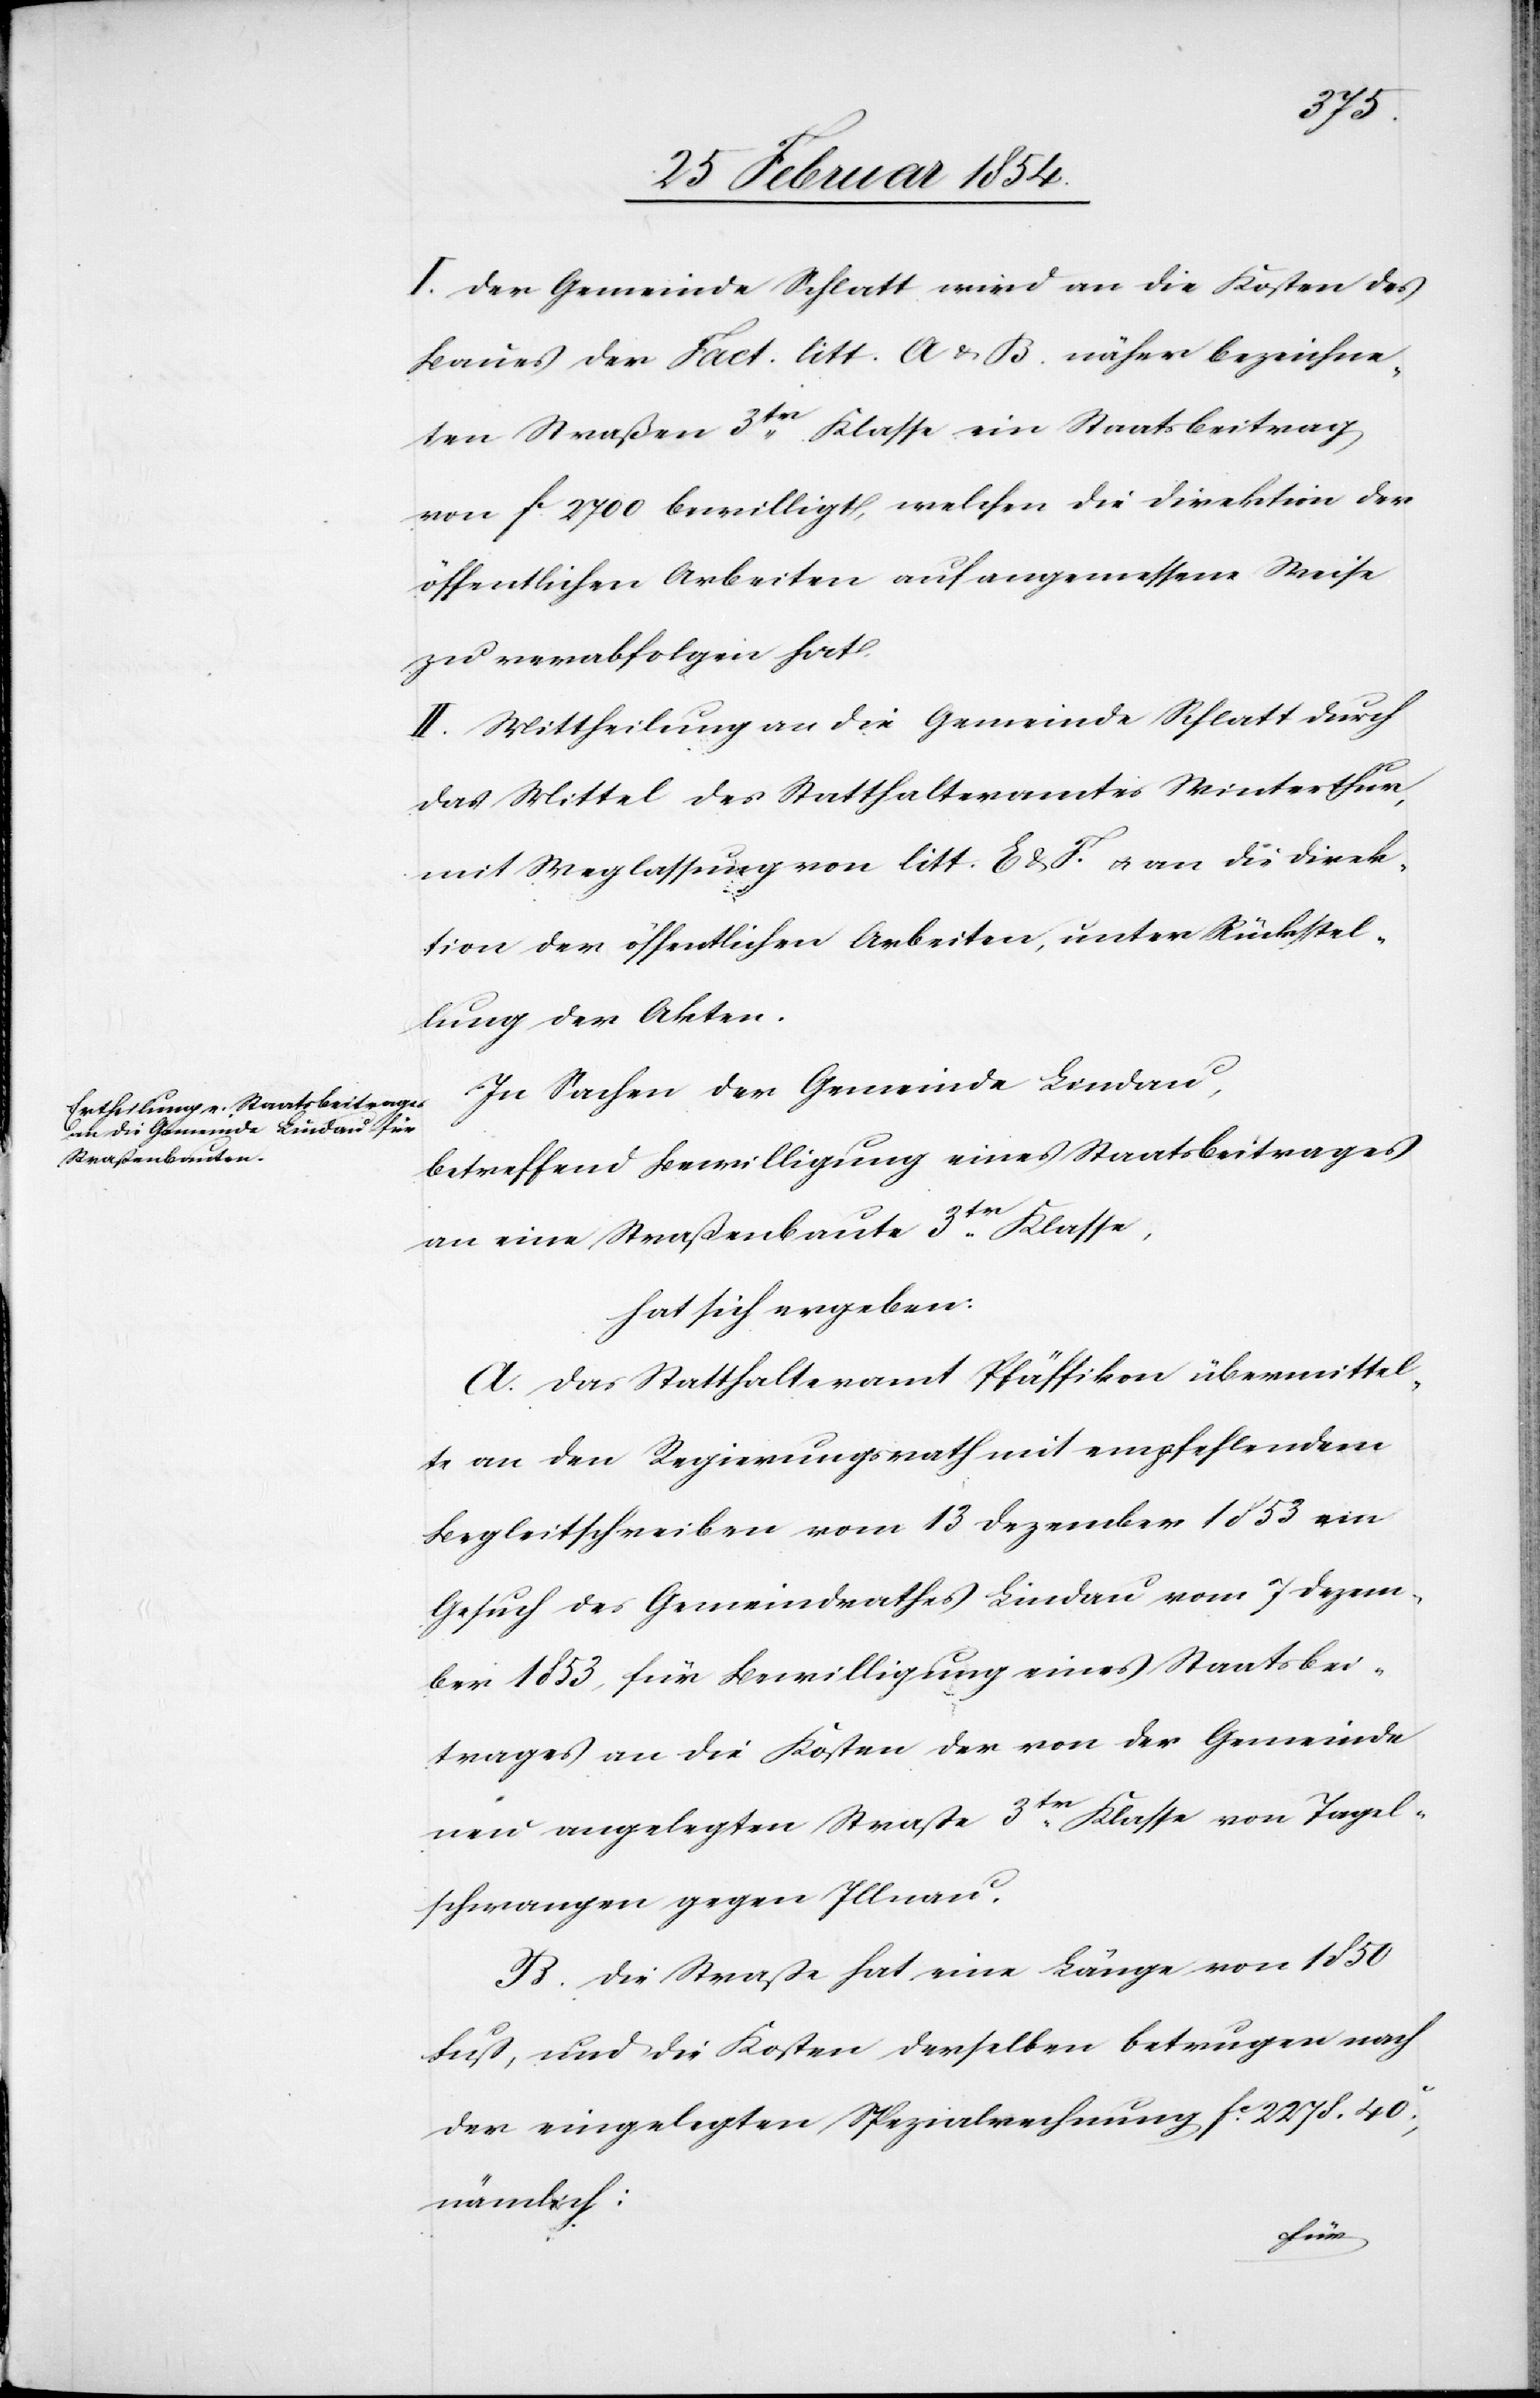
I. Der Gemeinde Schlatt wird an die Kosten des
Baues der Fact. litt. A & B. näher bezeichne¬
ten Straßen 3tr Klasse ein Staatsbeitrag
von Fc 2700 bewilligt, welchen die Direktion der
öffentlichen Arbeiten auf angemessene Weise
zu verabfolgen hat.
II. Mittheilung an die Gemeinde Schlatt durch
das Mittel des Statthalteramtes Winterthur,
mit Weglassung von lit. E & F. u. an die Direk¬
tion der öffentlichen Arbeiten, unter Rückstel¬
lung der Akten.
In Sachen der Gemeinde Lindau,
betreffend Bewilligung eines Staatsbeitrages
an eine Straßenbaute 3tr Klasse,
hat sich ergeben:
A. Das Statthalteramt Pfäffikon übermittel¬
te an den Regierungsrath mit empfehlendem
Begleitschreiben vom 13 Dezember 1853 ein
Gesuch des Gemeindrathes Lindau vom 7 Dezem¬
ber 1853, für Bewilligung eines Staatsbei¬
trages an die Kosten der von der Gemeinde
neu angelegten Straße 3tr Klasse von Tagel¬
schwangen gegen Illnau.
B. Die Straße hat eine Länge von 1850
Fuß, und die Kosten derselben betrugen nach
der eingelegten Spezialrechnung Fc 2278.40c,
nämlich: